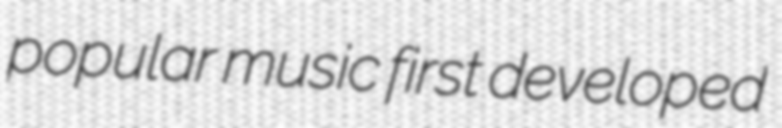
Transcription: popular music first developed